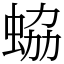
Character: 蛠